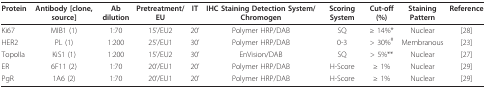
| Protein | Antibody [clone, source] | Ab dilution | Pretreatment/EU | IT | IHC Staining Detection System/Chromogen | Scoring System | Cut-off (%) | Staining Pattern | Reference |
 | --- | --- | --- | --- | --- | --- | --- | --- | --- | --- |
 | Ki67 | MIB1 (1) | 1:70 | 15'/EU2 | 20' | Polymer HRP/DAB | SQ | ≥ 14%* | Nuclear | [28] |
 | HER2 | PL (1) | 1:200 | 25'/EU1 | 30' | Polymer HRP/DAB | 0-3 | > 30%# | Membranous | [23] |
 | TopoIIa | KiS1 (1) | 1:200 | 15'/EU2 | 30' | EnVision/DAB | SQ | > 5%** | Nuclear | [27] |
 | ER | 6F11 (2) | 1:70 | 20'/EU1 | 20' | Polymer HRP/DAB | H-Score | ≥ 1% | Nuclear | [29] |
 | PgR | 1A6 (2) | 1:70 | 20'/EU1 | 20' | Polymer HRP/DAB | H-Score | ≥ 1% | Nuclear | [29] |